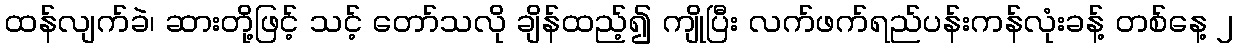
ထန်လျက်ခဲ၊ ဆားတို့ဖြင့် သင့် တော်သလို ချိန်ထည့်၍ ကျိုပြီး လက်ဖက်ရည်ပန်းကန်လုံးခန့် တစ်နေ့ ၂